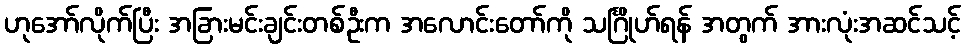
ဟုအော်လိုက်ပြီး အခြားမင်းချင်းတစ်ဦးက အလောင်းတော်ကို သင်္ဂြိုဟ်ရန် အတွက် အားလုံးအဆင်သင့်